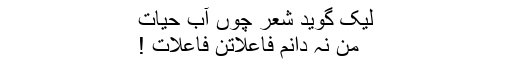
لیک گوید شعر چوں آبِ حیات
من نہ دانم فاعلاتن فاعلات !